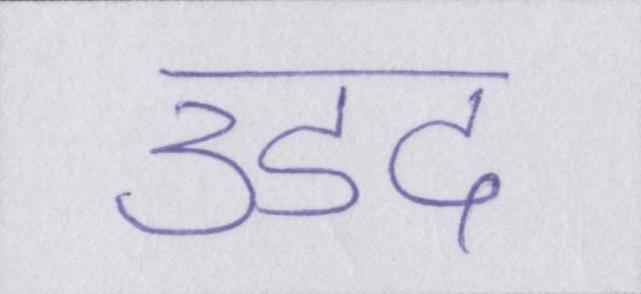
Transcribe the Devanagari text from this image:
उडद